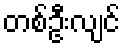
တစ်ဦးလျင်